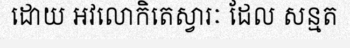
ដោយ អវលោកិតេស្វារៈ ដែល សន្មត